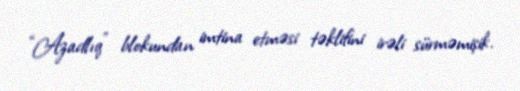
“Azadlıq” blokundan imtina etməsi təklifini irəli sürməmişik.